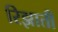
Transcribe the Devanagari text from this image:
रिझाती